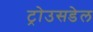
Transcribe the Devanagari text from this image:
ट्रोउसडेल